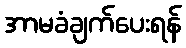
အာမခံချက်ပေးရန်